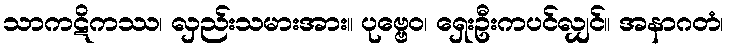
သာကဋိကဿ၊ လှည်းသမားအား။ ပုဗ္ဗေဝ၊ ရှေးဦးကပင်လျှင်။ အနာဂတံ၊